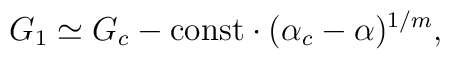
G_1\simeq G_c- {\rm const}\cdot(\alpha_c-\alpha)^{1/m},